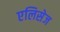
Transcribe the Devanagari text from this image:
एलिसेज